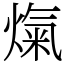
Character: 熂